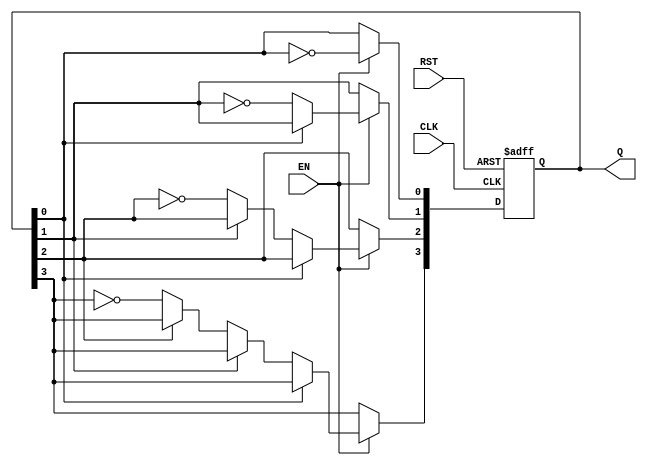
module async_counter (
    input wire CLK,      // Clock input
    input wire RST,      // Asynchronous reset
    input wire EN,       // Enable signal
    output reg [3:0] Q   // 4-bit output for the counter
);

// Asynchronous reset and counting logic
always @(posedge CLK or posedge RST) begin
    if (RST) begin
        Q <= 4'b0000; // Reset the counter to 0
    end else if (EN) begin
        // Asynchronous counting logic
        Q[0] <= ~Q[0]; // Toggle LSB
        if (Q[0] == 1'b0) begin // If LSB transitions from 1 to 0
            Q[1] <= ~Q[1]; // Toggle next bit
            if (Q[1] == 1'b0) begin // If second bit transitions from 1 to 0
                Q[2] <= ~Q[2]; // Toggle third bit
                if (Q[2] == 1'b0) begin // If third bit transitions from 1 to 0
                    Q[3] <= ~Q[3]; // Toggle MSB
                end
            end
        end
    end
end

endmodule